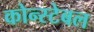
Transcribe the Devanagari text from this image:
कोन्स्टेबल